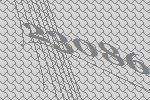
23086